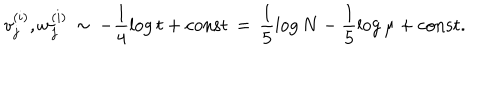
v _ { j } ^ { ( i ) } , w _ { j } ^ { ( i ) } \, \sim \, - \frac { 1 } { 4 } \log t + \mathrm { c o n s t } \, = \, \frac { 1 } { 5 } \log N - \frac { 1 } { 5 } \log \mu + \mathrm { c o n s t } .